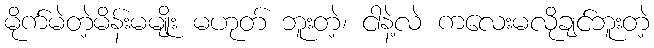
မိုက်မဲတဲ့မိန်းမမျိုး မဟုတ် ဘူးတဲ့၊ ငါနဲ့လဲ ကလေးမလိုချင်ဘူးတဲ့